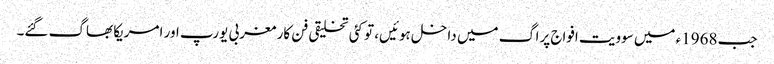
جب 1968ء میں سوویت افواج پراگ میں داخل ہوئیں، تو کئی تخلیقی فن کار مغربی یورپ اور امریکا بھاگ گئے۔